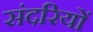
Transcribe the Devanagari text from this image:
संदरियों